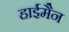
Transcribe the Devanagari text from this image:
हाईमैन